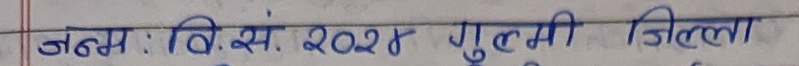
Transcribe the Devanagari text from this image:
जन्म : बि. सं. २०२४ गुल्मी जिल्ला